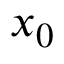
x _ { 0 }